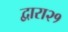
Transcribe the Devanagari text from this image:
द्वारा२१